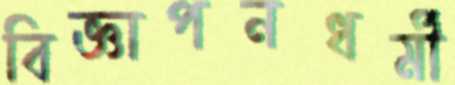
বিজ্ঞাপনধর্মী